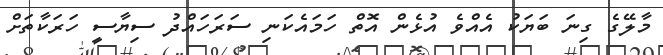
މާލޭގެ ގިނަ ބަޔަކު އެއްވެ އުޅެން އޮތް ހަމައެކަނި ސަރަހައްދު ސިޔާސީ ހަރަކާތަށް